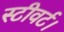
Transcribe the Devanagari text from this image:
स्टीवर्ट।